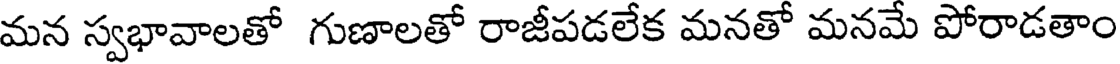
మన స్వభావాలతో గుణాలతో రాజీపడలేక మనతో మనమే పోరాడతాం